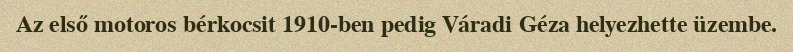
Az első motoros bérkocsit 1910-ben pedig Váradi Géza helyezhette üzembe.